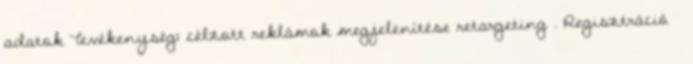
adatok Tevékenység: célzott reklámok megjelenítése retargeting . Regisztráció